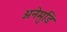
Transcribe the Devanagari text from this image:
अनेमुडि